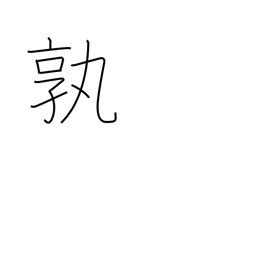
Meaning: how